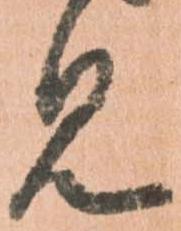
見